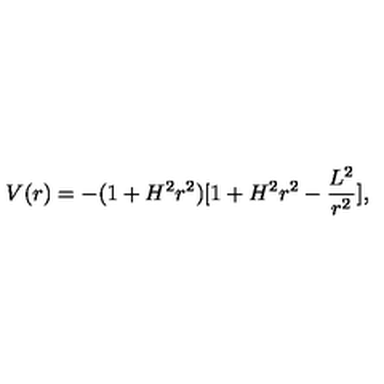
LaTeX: V ( r ) = - ( 1 + H ^ { 2 } r ^ { 2 } ) [ 1 + H ^ { 2 } r ^ { 2 } - \frac { L ^ { 2 } } { r ^ { 2 } } ] ,